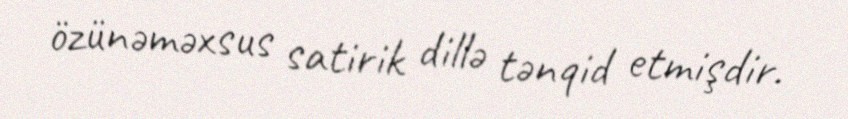
özünəməxsus satirik dillə tənqid etmişdir.